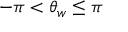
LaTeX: - \pi < \theta _ { w } \leq \pi